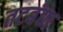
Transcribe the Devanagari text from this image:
तटबंद्या